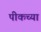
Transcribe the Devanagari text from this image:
पीकच्या